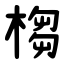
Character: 㮲